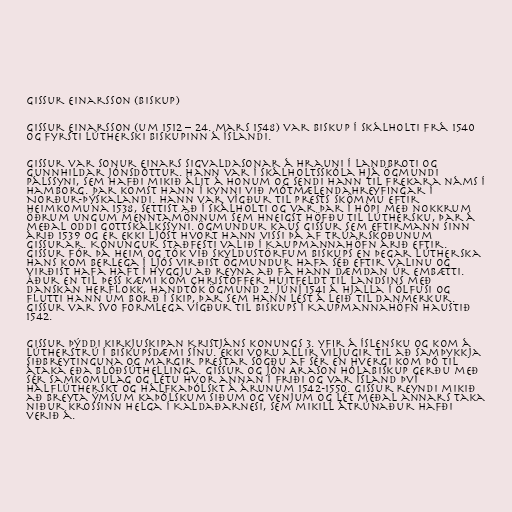
Gissur Einarsson (biskup)

Gissur Einarsson (um 1512 – 24. mars 1548) var biskup í Skálholti frá 1540
og fyrsti lútherski biskupinn á Íslandi.

Gissur var sonur Einars Sigvaldasonar á Hrauni í Landbroti og
Gunnhildar Jónsdóttur. Hann var í Skálholtsskóla hjá Ögmundi
Pálssyni, sem hafði mikið álit á honum og sendi hann til frekara náms í
Hamborg. Þar komst hann í kynni við mótmælendahreyfingar í
Norður-Þýskalandi. Hann var vígður til prests skömmu eftir
heimkomuna 1538, settist að í Skálholti og var þar í hópi með nokkrum
öðrum ungum menntamönnum sem hneigst höfðu til lúthersku, þar á
meðal Oddi Gottskálkssyni. Ögmundur kaus Gissur sem eftirmann sinn
árið 1539 og er ekki ljóst hvort hann vissi þá af trúarskoðunum
Gissurar. Konungur staðfesti valið í Kaupmannahöfn árið eftir.
Gissur fór þá heim og tók við skyldustörfum biskups en þegar lútherska
hans kom berlega í ljós virðist Ögmundur hafa séð eftir valinu og
virðist hafa haft í hyggju að reyna að fá hann dæmdan úr embætti.
Áður en til þess kæmi kom Christoffer Huitfeldt til landsins með
danskan herflokk, handtók Ögmund 2. júní 1541 á Hjalla í Ölfusi og
flutti hann um borð í skip, þar sem hann lést á leið til Danmerkur.
Gissur var svo formlega vígður til biskups í Kaupmannahöfn haustið
1542.

Gissur þýddi kirkjuskipan Kristjáns konungs 3. yfir á íslensku og kom á
lútherstrú í biskupsdæmi sínu. Ekki voru allir viljugir til að samþykkja
siðbreytinguna og margir prestar sögðu af sér en hvergi kom þó til
átaka eða blóðsúthellinga. Gissur og Jón Arason Hólabiskup gerðu með
sér samkomulag og létu hvor annan í friði og var Ísland því
hálflútherskt og hálfkaþólskt á árunum 1542-1550. Gissur reyndi mikið
að breyta ýmsum kaþólskum siðum og venjum og lét meðal annars taka
niður krossinn helga í Kaldaðarnesi, sem mikill átrúnaður hafði
verið á.